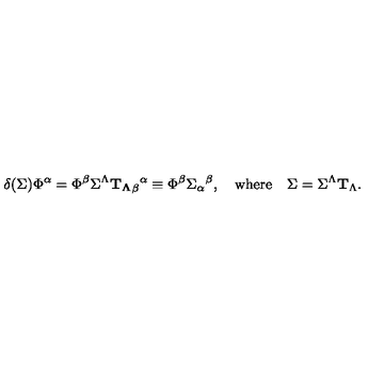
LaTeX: \delta ( \Sigma ) \Phi ^ { \alpha } = \Phi ^ { \beta } \Sigma ^ { \Lambda } { \bf T _ { \Lambda } } _ { \beta } { } ^ { \alpha } \equiv \Phi ^ { \beta } \Sigma _ { \alpha } { } ^ { \beta } , \quad \mathrm { w h e r e } \quad \Sigma = \Sigma ^ { \Lambda } { \bf T } _ { \Lambda } .